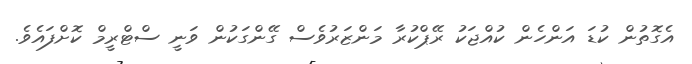
އެގޮތުން ކުޑަ އަންހެން ކުއްޖަކު ރޭޕްކުރާ މަންޒަރުވެސް ގޭންގަކުން ވަނީ ސްޓްރީމް ކޮށްފައެވެ.